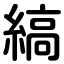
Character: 縞